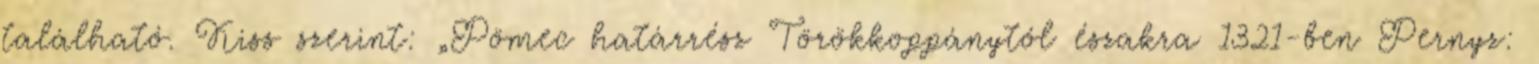
található. Kiss szerint: „Pömec határrész Törökkoppánytól északra 1321-ben Pernyz: